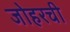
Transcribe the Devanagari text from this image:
जोहरची